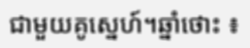
ជាមួយគូស្នេហ៍។ឆ្នាំថោះ ៖